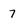
Character: 7